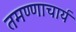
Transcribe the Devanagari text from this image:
तमण्णाचार्य